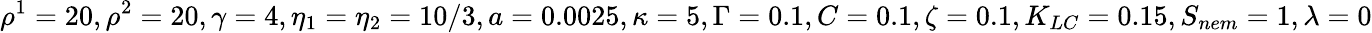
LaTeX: \rho^{1}=20,\rho^{2}=20,\gamma=4,\eta_{1}=\eta_{2}=10/3,a=0.0025,\kappa=5,\Gamma=0.1,C=0.1,\zeta=0.1,K_{LC}=0.15,S_{nem}=1,\lambda=0